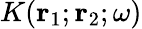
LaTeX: K({\mathbf r}_{1};{\mathbf r}_{2};\omega)